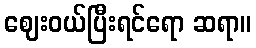
ဈေးဝယ်ပြီးရင်ရော ဆရာ။